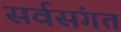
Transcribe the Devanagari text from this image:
सर्वसंगत